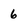
Character: 6